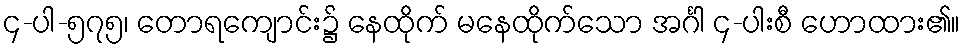
၄-ပါ-၅၇၅၊ တောရကျောင်း၌ နေထိုက် မနေထိုက်သော အင်္ဂါ ၄-ပါးစီ ဟောထား၏။